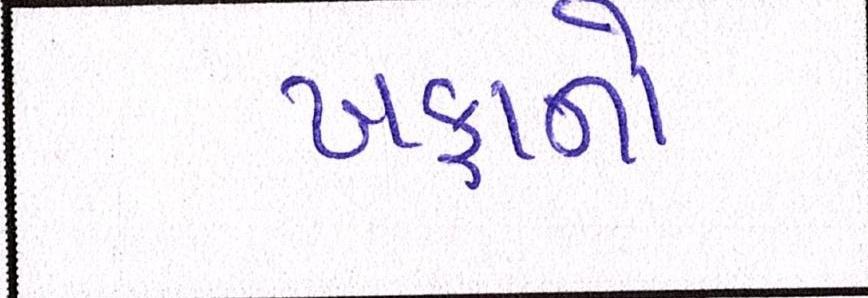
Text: ખફાનો